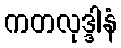
ကတလုဒ္ဒါနံ